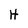
Character: H